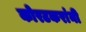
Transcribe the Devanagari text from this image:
कोरटकरांनी